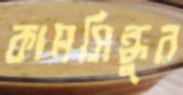
কামসিন্ধুর